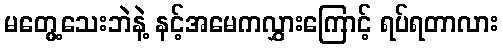
မတွေ့သေးဘဲနဲ့ နင့်အမေကလွှားကြောင့် ရပ်ရတာလား